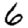
Digit: 6